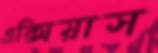
এক্সিয়াস